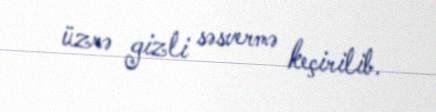
üzrə gizli səsvermə keçirilib.